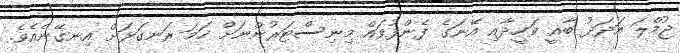
ޖުމްލަ އަދަދު ބާޣީ ވަހީދާއި އޭނަގެ ފެންފުވައް މިނިސްޓަރުންނަށް ހަމަ ރަނގަޅަށް އިނގޭނެއެވެ.